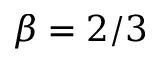
\beta = 2 / 3